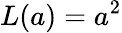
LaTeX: L(a)=a^{2}